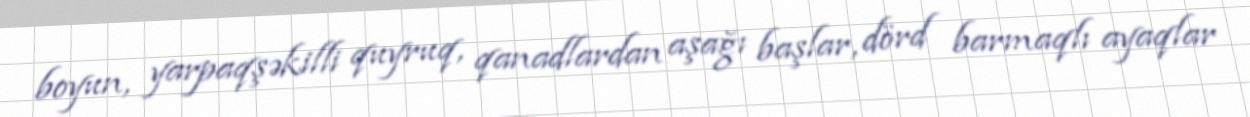
boyun, yarpaqşəkilli quyruq, qanadlardan aşağı başlar, dörd barmaqlı ayaqlar